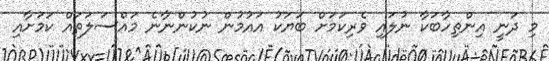
މި ދަނީ އިންތިހާބަކާ ނުލައި ވެރިކަމަށް ބަޔަކު އައުމުން ނުކުންނާނެ މައްސަލަތައް ކަމަށާއި